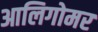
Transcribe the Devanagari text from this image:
आलिगोमर